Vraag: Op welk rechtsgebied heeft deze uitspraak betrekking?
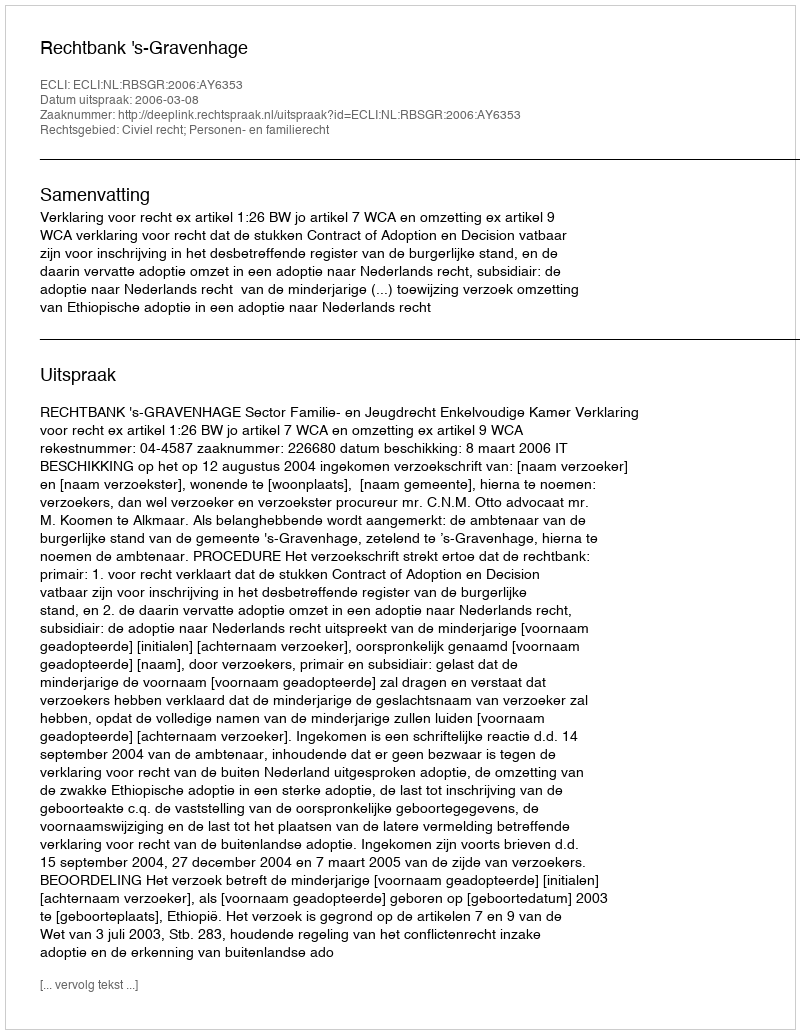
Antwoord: Civiel recht; Personen- en familierecht